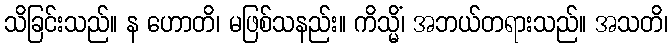
သိခြင်းသည်။ န ဟောတိ၊ မဖြစ်သနည်း။ ကိသ္မိံ၊ အဘယ်တရားသည်။ အသတိ၊